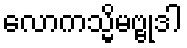
လောကသ္မိမဗ္ဗုဒါ